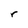
Character: r